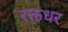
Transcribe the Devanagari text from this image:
रक्तधर